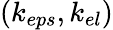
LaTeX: (k_{eps},k_{el})